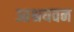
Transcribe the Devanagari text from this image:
आश्रयवन